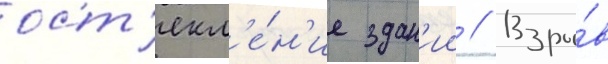
ост'екл'е́н'ие здан'ии // Взры́в